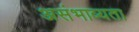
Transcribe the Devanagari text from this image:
असंभाव्यता